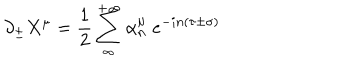
\partial _ { \pm } X ^ { \mu } = \frac { 1 } { 2 } \sum _ { _ \infty } ^ { + \infty } \alpha _ { n } ^ { \mu } \; e ^ { - i n ( \tau \pm \sigma ) }